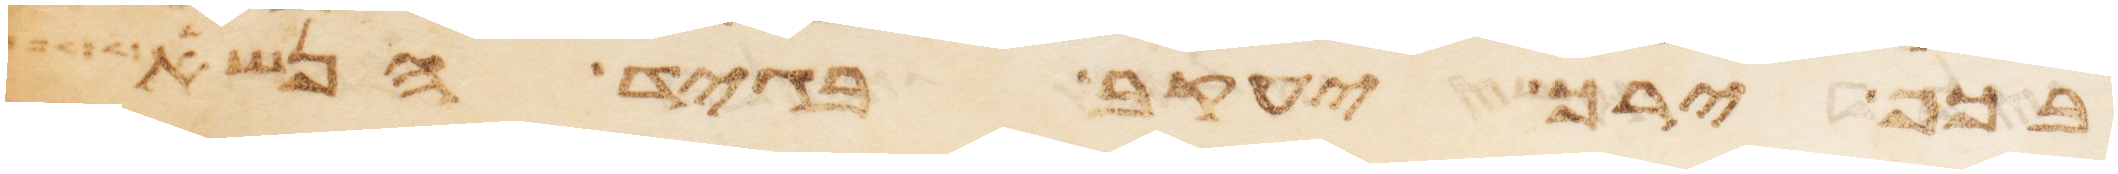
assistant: בכף ירך יעקב בגיד הנשא